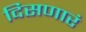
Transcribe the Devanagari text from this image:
दिसणारं